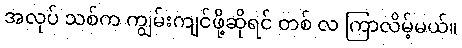
အလုပ် သစ်က ကျွမ်းကျင်ဖို့ဆိုရင် တစ် လ ကြာလိမ့်မယ်။